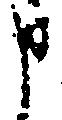
申